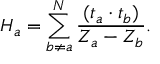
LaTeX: H _ { a } = \sum _ { b \neq a } ^ { N } \frac { ( t _ { a } \cdot t _ { b } ) } { Z _ { a } - Z _ { b } } .